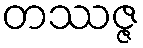
တဿဇ္ဇ